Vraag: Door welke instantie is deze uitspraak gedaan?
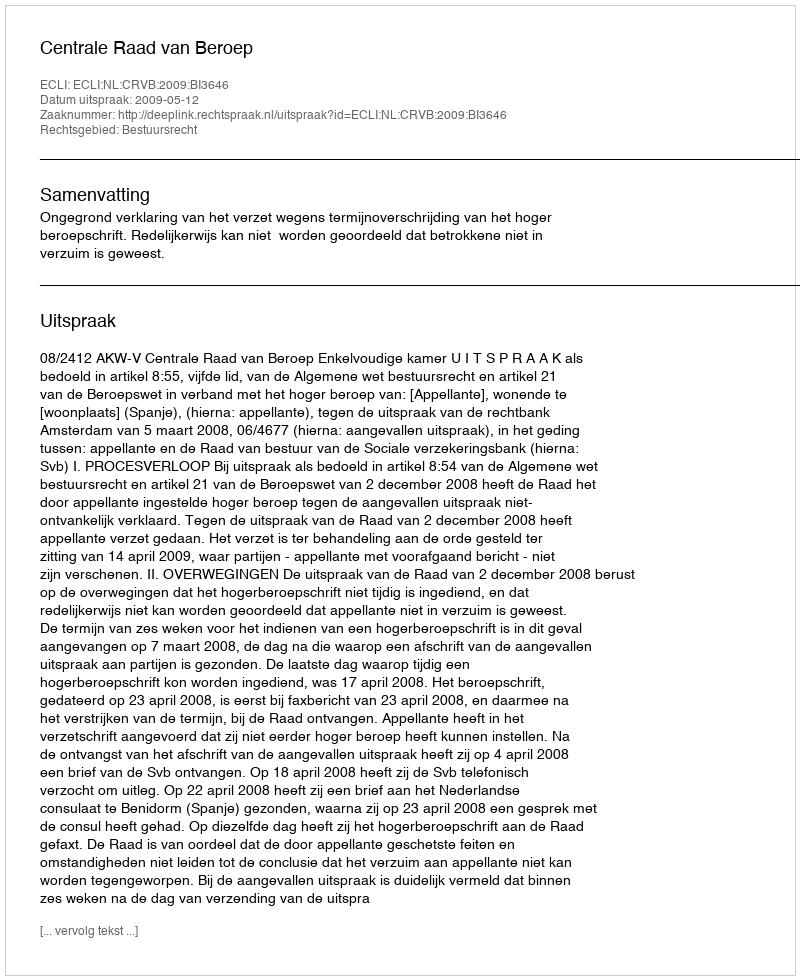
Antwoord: Centrale Raad van Beroep